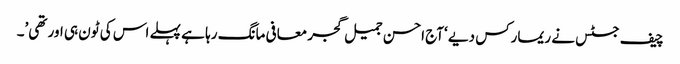
چیف جسٹس نے ریمارکس دیے ‘آج احسن جمیل گجر معافی مانگ رہا ہے پہلے اس کی ٹون ہی اور تھی’۔